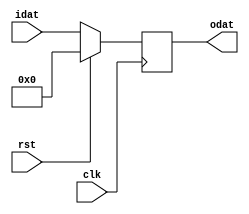
// Description     : variable size flip flop
//////////////////////////////////////////////////////////////////////////////////
module fflopx
    (
     clk,
     rst,
     idat,
     odat
     );

parameter WIDTH = 8;
parameter RESET_VALUE = {WIDTH{1'b0}};

input   clk, rst;

input  [WIDTH-1:0] idat;

output [WIDTH-1:0] odat;
reg    [WIDTH-1:0] odat;

always @ (posedge clk)
    begin
    if(rst) odat <= RESET_VALUE;
    else odat <= idat;
    end

endmodule